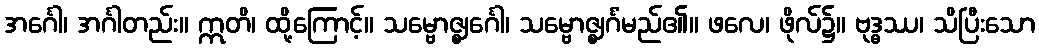
အင်္ဂေါ၊ အင်္ဂါတည်း။ ဣတိ၊ ထို့ကြောင့်။ သမ္ဗောဇ္ဈင်္ဂေါ၊ သမ္ဗောဇ္ဈင်္ဂံမည်၏။ ဖလေ၊ ဖိုလ်၌။ ဗုဒ္ဓဿ၊ သိပြီးသော